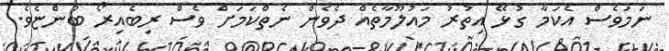
ނަމަވެސް އެކަމާ ގުޅޭ އިތުރު މައުލޫމާތެއް ދެވެން ނެތްކަމަށް ވެސް ރިބެއިރޯ ބުންޏެވެ.